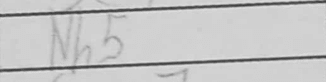
Transcription: Nh5